Lunatic asylums Punjab 1911-1921 - 1911-1921
Year: 1911
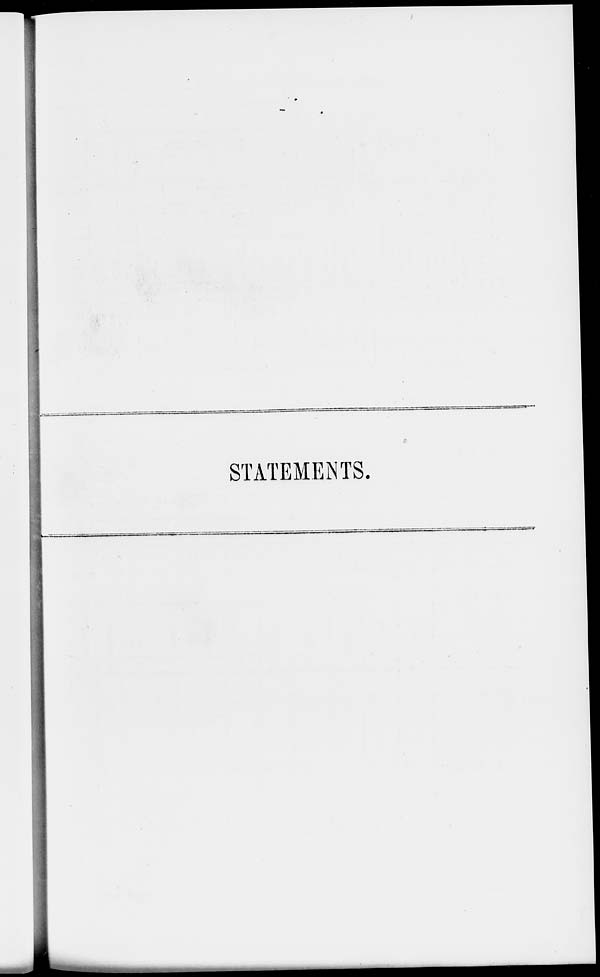
STATEMENTS.